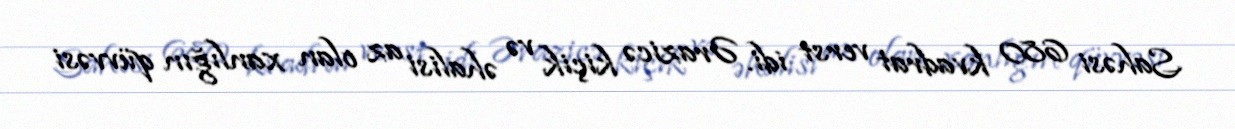
Sahəsi 680 kvadrat verst idi. Ərazicə kiçik və əhalisi az olan xanlığın qüvvəsi